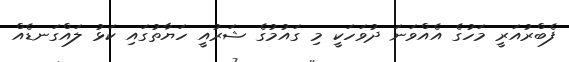
ފެބްރުއަރީ މަހުގެ އެއްވަނަ ދުވަހަކީ މި ގައުމުގެ ޝަރުއީ ހަޔާތުގައި ކަޅު ލައްގަނޑެއް